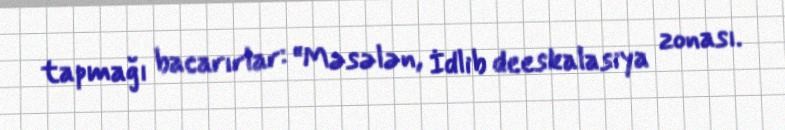
tapmağı bacarırlar: “Məsələn, İdlib deeskalasiya zonası.